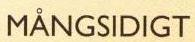
MÅNGSIDIGT